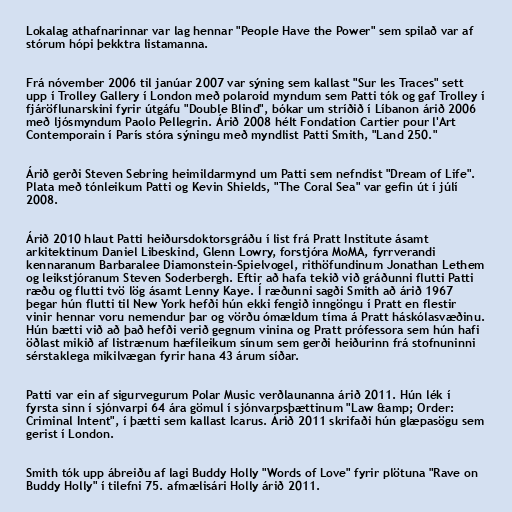
Lokalag athafnarinnar var lag hennar "People Have the Power" sem spilað var af
stórum hópi þekktra listamanna.

Frá nóvember 2006 til janúar 2007 var sýning sem kallast "Sur les Traces" sett
upp í Trolley Gallery í London með polaroid myndum sem Patti tók og gaf Trolley í
fjáröflunarskini fyrir útgáfu "Double Blind", bókar um stríðið í Líbanon árið 2006
með ljósmyndum Paolo Pellegrin. Árið 2008 hélt Fondation Cartier pour l'Art
Contemporain í París stóra sýningu með myndlist Patti Smith, "Land 250."

Árið gerði Steven Sebring heimildarmynd um Patti sem nefndist "Dream of Life".
Plata með tónleikum Patti og Kevin Shields, "The Coral Sea" var gefin út í júlí
2008.

Árið 2010 hlaut Patti heiðursdoktorsgráðu í list frá Pratt Institute ásamt
arkitektinum Daniel Libeskind, Glenn Lowry, forstjóra MoMA, fyrrverandi
kennaranum Barbaralee Diamonstein-Spielvogel, rithöfundinum Jonathan Lethem
og leikstjóranum Steven Soderbergh. Eftir að hafa tekið við gráðunni flutti Patti
ræðu og flutti tvö lög ásamt Lenny Kaye. Í ræðunni sagði Smith að árið 1967
þegar hún flutti til New York hefði hún ekki fengið inngöngu í Pratt en flestir
vinir hennar voru nemendur þar og vörðu ómældum tíma á Pratt háskólasvæðinu.
Hún bætti við að það hefði verið gegnum vinina og Pratt prófessora sem hún hafi
öðlast mikið af listrænum hæfileikum sínum sem gerði heiðurinn frá stofnuninni
sérstaklega mikilvægan fyrir hana 43 árum síðar.

Patti var ein af sigurvegurum Polar Music verðlaunanna árið 2011. Hún lék í
fyrsta sinn í sjónvarpi 64 ára gömul í sjónvarpsþættinum "Law &amp; Order:
Criminal Intent", í þætti sem kallast Icarus. Árið 2011 skrifaði hún glæpasögu sem
gerist í London.

Smith tók upp ábreiðu af lagi Buddy Holly "Words of Love" fyrir plötuna "Rave on
Buddy Holly" í tilefni 75. afmælisári Holly árið 2011.